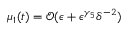
\mu _ { 1 } ( t ) = \mathcal { O } ( \epsilon + \epsilon ^ { \gamma _ { 5 } } \delta ^ { - 2 } )